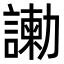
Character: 𠣂